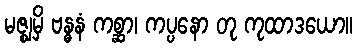
မဇ္ဈမှိ ဗန္ဓနံ ကစ္ဆာ၊ ကပ္ပနော တု ကုထာဒယော။